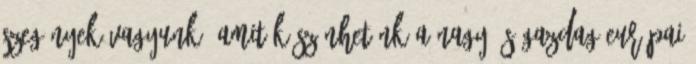
szegények vagyunk, amit köszönhetünk a nagy és gazdag európai